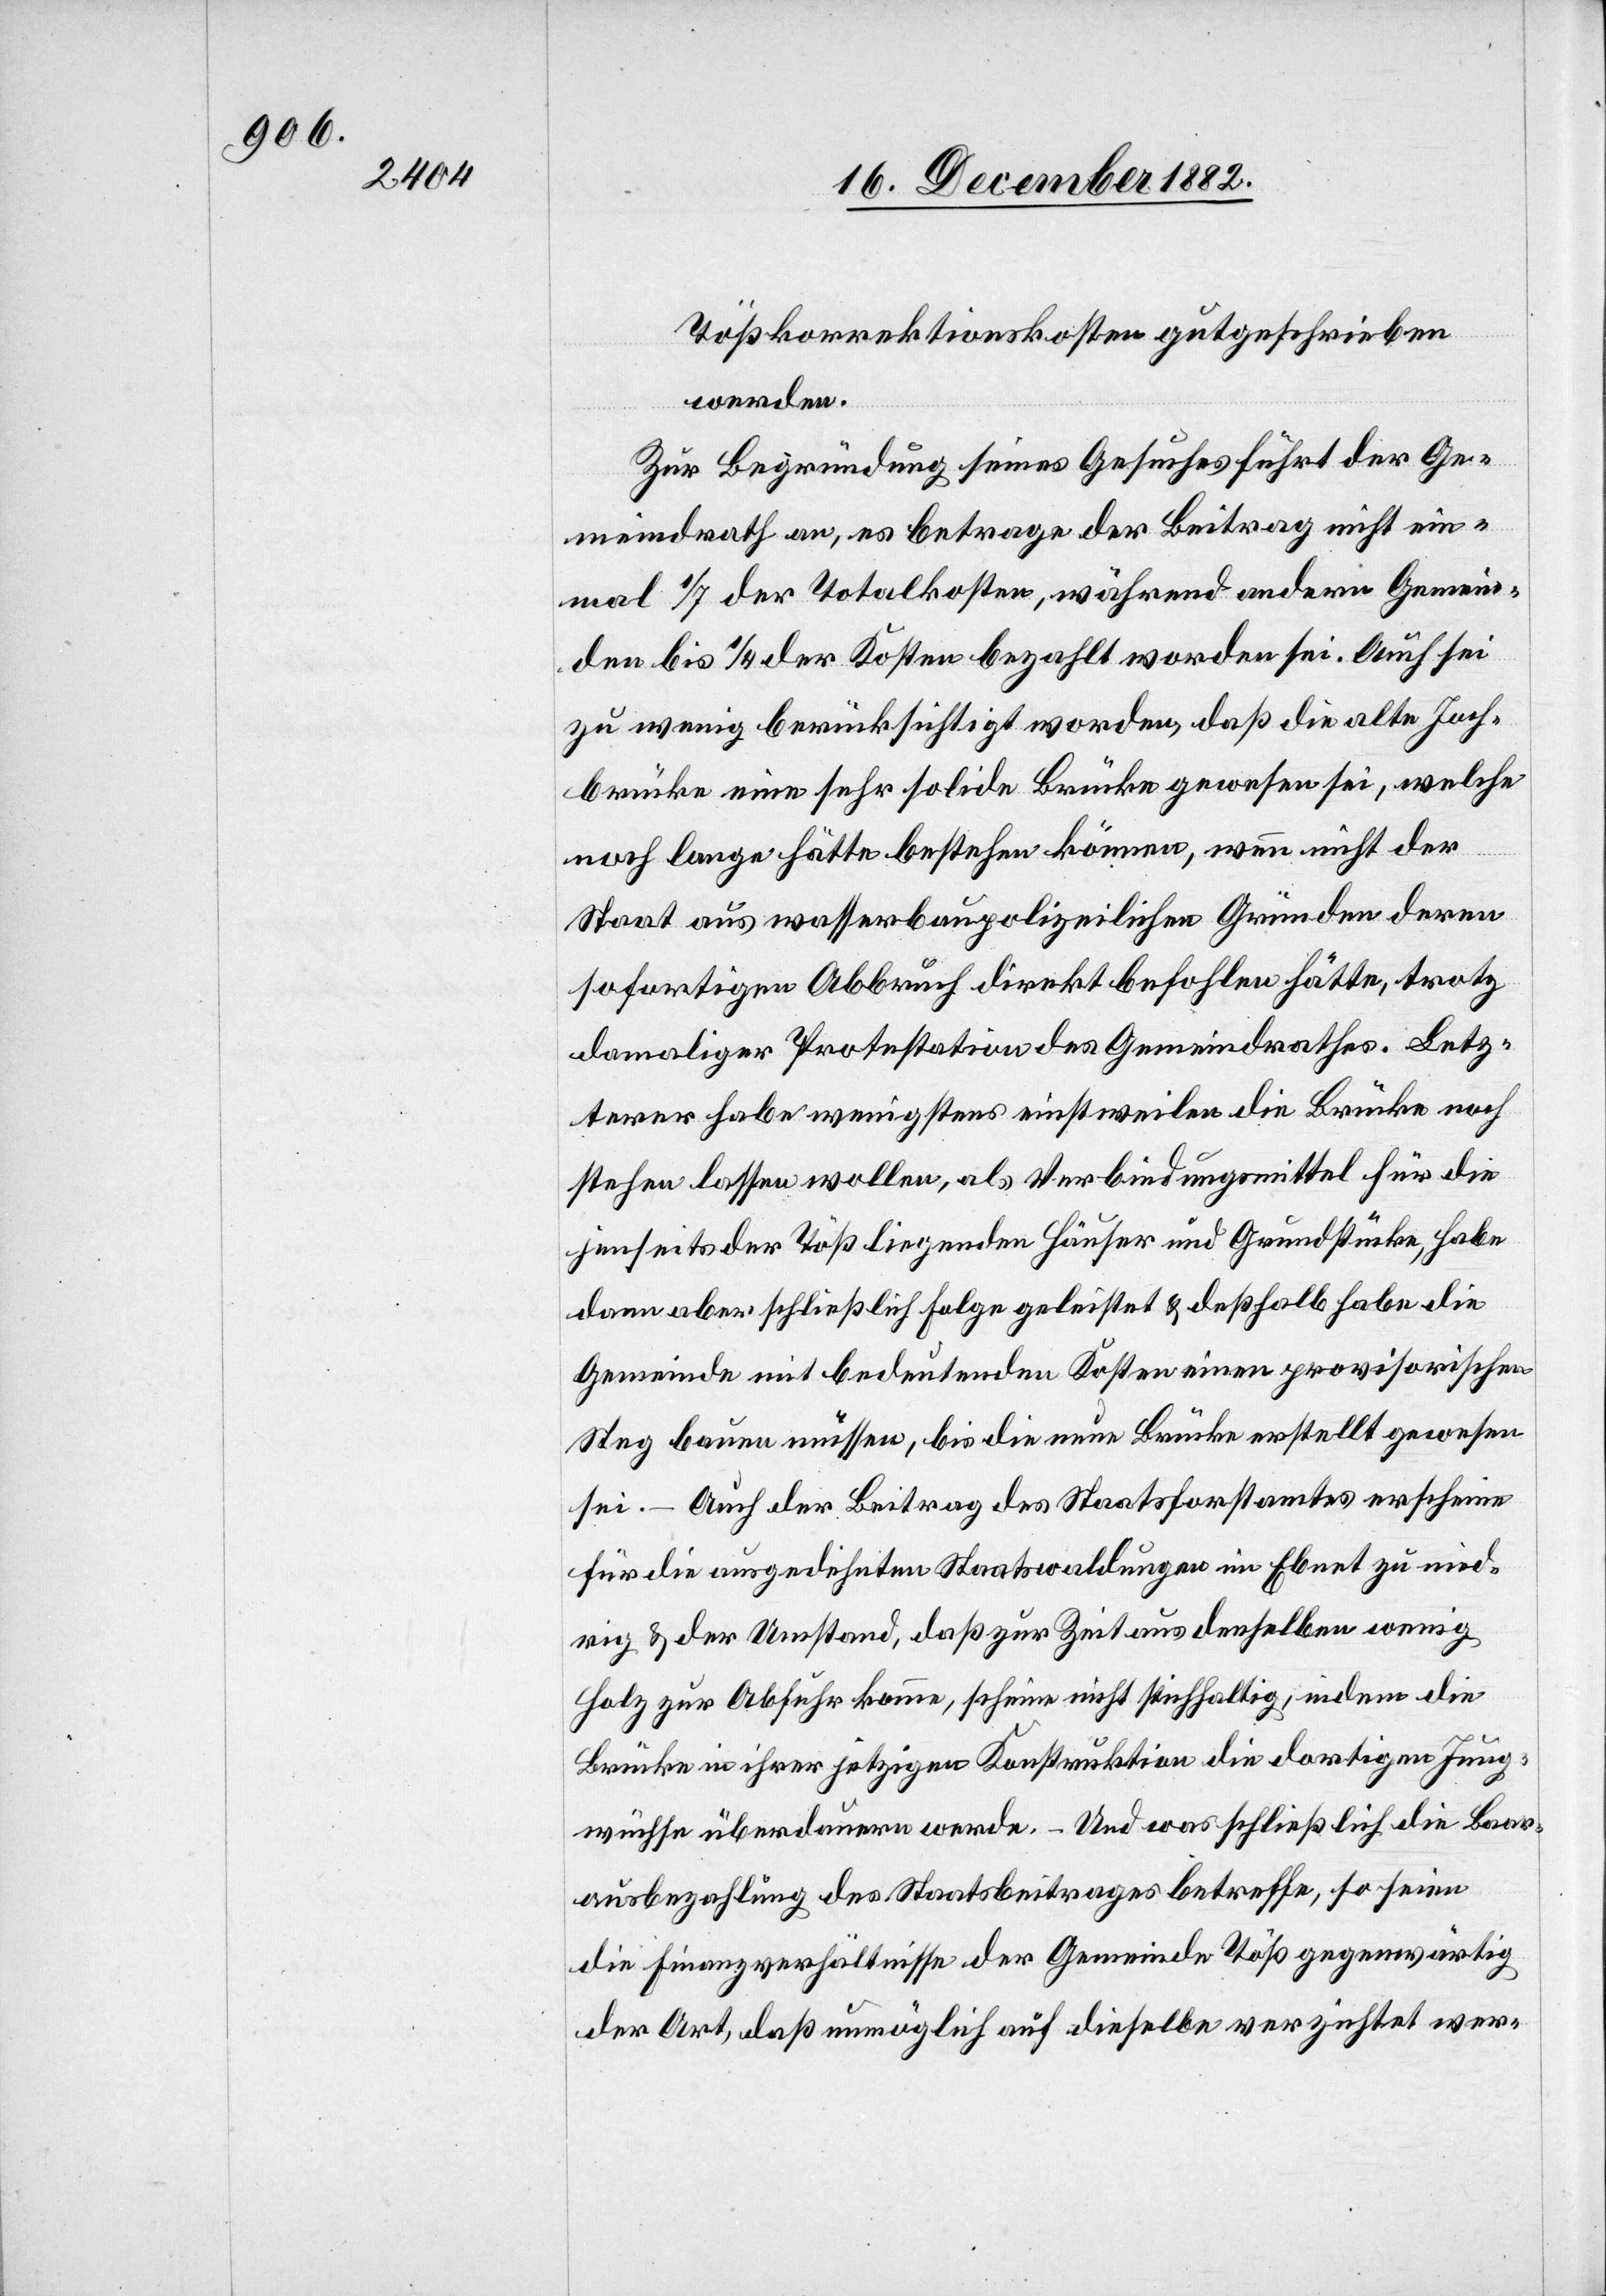
Tößkorrektionskosten gutgeschrieben
werden.
Zur Begründung seines Gesuches führt der Ge¬
meindrath an, es betrage der Beitrag nicht ein¬
mal 1/7 der Totalkosten, während andern Gemein¬
den bis 1/4 der Kosten bezahlt worden sei. Auch sei
zu wenig berücksichtigt worden, daß die alte Joch¬
brücke eine sehr solide Brücke gewesen sei, welche
noch lange hätte bestehen können, wenn nicht der
Staat aus wasserbaupolizeilichen Gründen deren
sofortigen Abbruch direkt befohlen hätte, trotz
damaliger Protestation des Gemeindrathes. Letz¬
terer habe wenigstens einstweilen die Brücke noch
stehen lassen wollen, als Verbindungsmittel für die
jenseits der Töß liegenden Häuser und Grundstücke, habe
dann aber schließlich Folge geleistet & deßhalb habe die
Gemeinde mit bedeutenden Kosten einen provisorischen
Steg bauen müssen, bis die neue Brücke erstellt gewesen
sei. – Auch der Beitrag des Staatsforstamtes erscheine
für die ausgedehnten Staatswaldungen im Ebnet zu nied¬
rig & der Umstand, daß zur Zeit aus denselben wenig
Holz zur Abfuhr komme, scheine nicht stichhaltig, indem die
Brücke in ihrer jetzigen Konstruktion die dortigen Jung¬
wüchse überdauern werde. – Und was schließlich die Baar¬
ausbezahlung des Staatsbeitrages betreffe, so seien
die Finanzverhältnisse der Gemeinde Töß gegenwärtig
der Art, daß unmöglich auf dieselbe verzichtet wer-